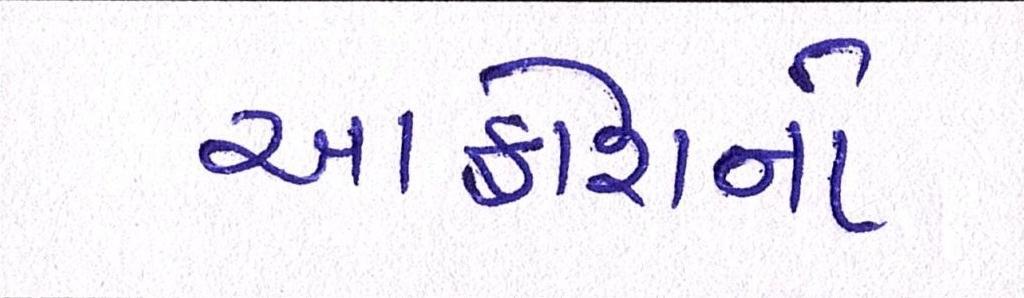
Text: આક્રોશનો